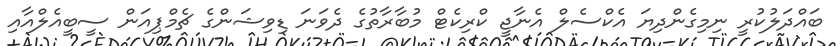
ބައްދަލުކުރީ ނިމިގެންދިޔަ އެކްސެލް އެނާޖީ ކްރިކެޓް މުބާރާތުގެ ދެވަނަ ޑިވިޝަންގެ ޗެމްޕިއަން ސީބީއެލްއާއި